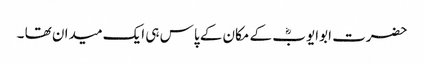
حضرت ابوایوبؓ کے مکان کے پاس ہی ایک میدان تھا ۔